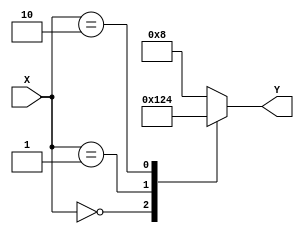
`timescale 1ns / 1ns
module decoder_2_4(
	output reg [3:0] Y,
	input [1:0] X
);

always @(*) begin
	case(X)
		2'b00: Y <= 4'b0001;
		2'b01: Y <= 4'b0010;
		2'b10: Y <= 4'b0100;
		default: Y <= 4'b1000;
	endcase
end

endmodule